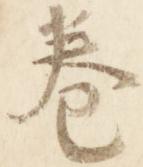
巻